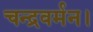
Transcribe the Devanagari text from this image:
चन्द्रवर्मन।